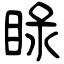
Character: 睩